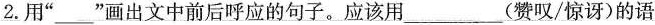
2.用”___”画出文中前后呼应的句子。应该用___(赞叹/惊讶)的语